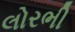
લોરભી